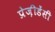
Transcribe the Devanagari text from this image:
प्रेज़ीडेंसी